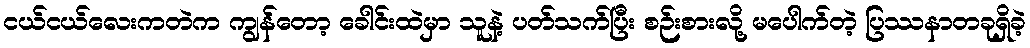
ငယ်ငယ်လေးကတဲက ကျွန်တော့ ခေါင်းထဲမှာ သူနဲ့ ပတ်သက်ပြီး စဉ်းစားလို့ မပေါက်တဲ့ ပြဿနာတခုရှိခဲ့